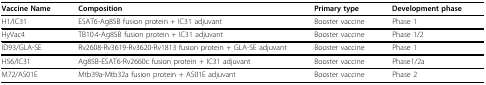
<table><thead><tr><td><b>Vaccine Name</b></td><td><b>Composition</b></td><td><b>Primary type</b></td><td><b>Development phase</b></td></tr></thead><tbody><tr><td>H1/IC31</td><td>ESAT6-Ag85B fusion protein + IC31 adjuvant</td><td>Booster vaccine</td><td>Phase 1</td></tr><tr><td>HyVac4</td><td>TB10.4-Ag85B fusion protein + IC31 adjuvant</td><td>Booster vaccine</td><td>Phase 1/2</td></tr><tr><td>ID93/GLA-SE</td><td>Rv2608-Rv3619-Rv3620-Rv1813 fusion protein + GLA-SE adjuvant</td><td>Booster vaccine</td><td>Phase 1</td></tr><tr><td>H56/IC31</td><td>Ag85B-ESAT6-Rv2660c fusion protein + IC31 adjuvant</td><td>Booster vaccine</td><td>Phase1/2a</td></tr><tr><td>M72/AS01E</td><td>Mtb39a-Mtb32a fusion protein + AS01E adjuvant</td><td>Booster vaccine</td><td>Phase 2</td></tr></tbody></table>